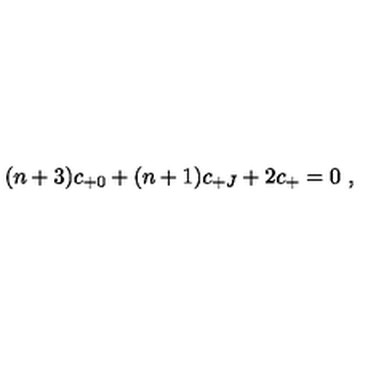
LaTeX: ( n + 3 ) c _ { + 0 } + ( n + 1 ) c _ { + J } + 2 c _ { + } = 0 \ ,